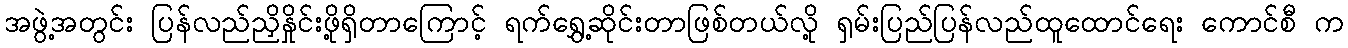
အဖွဲ့အတွင်း ပြန်လည်ညှိနှိုင်းဖို့ရှိတာကြောင့် ရက်ရွှေ့ဆိုင်းတာဖြစ်တယ်လို့ ရှမ်းပြည်ပြန်လည်ထူထောင်ရေး ကောင်စီ က